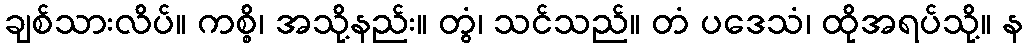
ချစ်သားလိပ်။ ကစ္စိ၊ အသို့နည်း။ တွံ၊ သင်သည်။ တံ ပဒေသံ၊ ထိုအရပ်သို့။ န